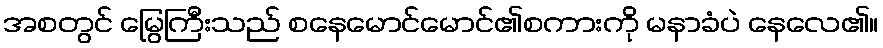
အစတွင် မြွေကြီးသည် စနေမောင်မောင်၏စကားကို မနာခံပဲ နေလေ၏။